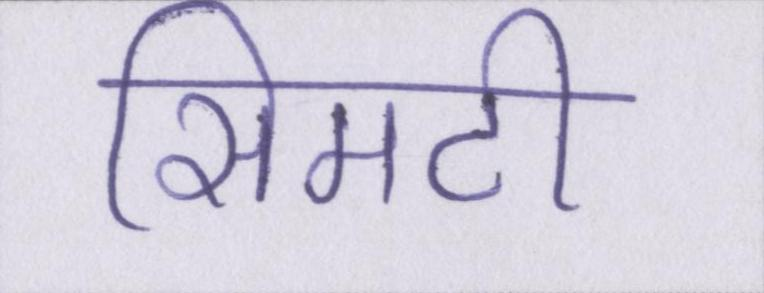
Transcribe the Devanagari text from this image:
सिमटी